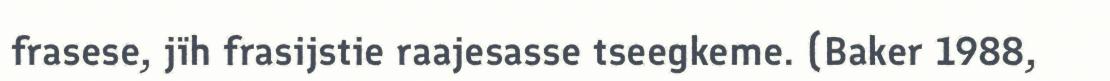
frasese, jïh frasijstie raajesasse tseegkeme. (Baker 1988,